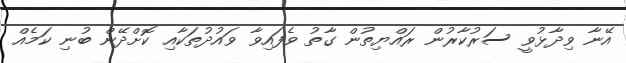
އޭނާ ވިދާޅުވީ ސަރުކާރުން ރައްޔިތުން ގާތު ވެފައިވާ ވައުދުތަކާއި ކޮށްދޭން ބުނި ކަމެއް